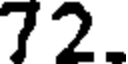
72.